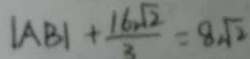
\vert A B \vert + \frac { 1 6 \sqrt { 2 } } { 3 } = 8 \sqrt { 2 }